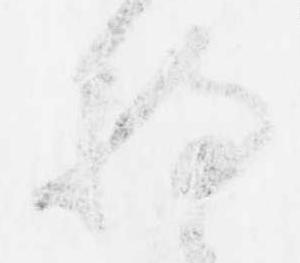
持